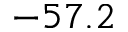
- 5 7 . 2